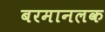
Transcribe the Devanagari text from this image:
बरमानलक